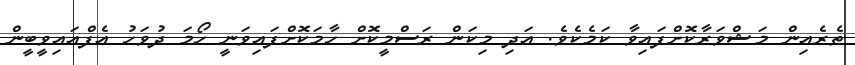
ތެރެއިން މަޝްވަރާކޮށްފައިވާ ކަމެކެވެ. އަދި މިކަން ރަސްމީކޮށް ހާމަކޮށްފައިވަނީ ހޯމަ ދުވަހު އެފްއައިވީބީން